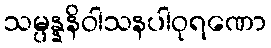
သမ္ပန္နနိဝါသနပါဝုရဏော